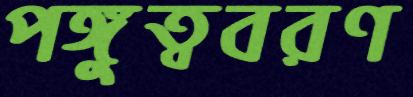
পঙ্গুত্ববরণ